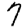
Digit: 7